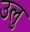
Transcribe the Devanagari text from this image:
उलु